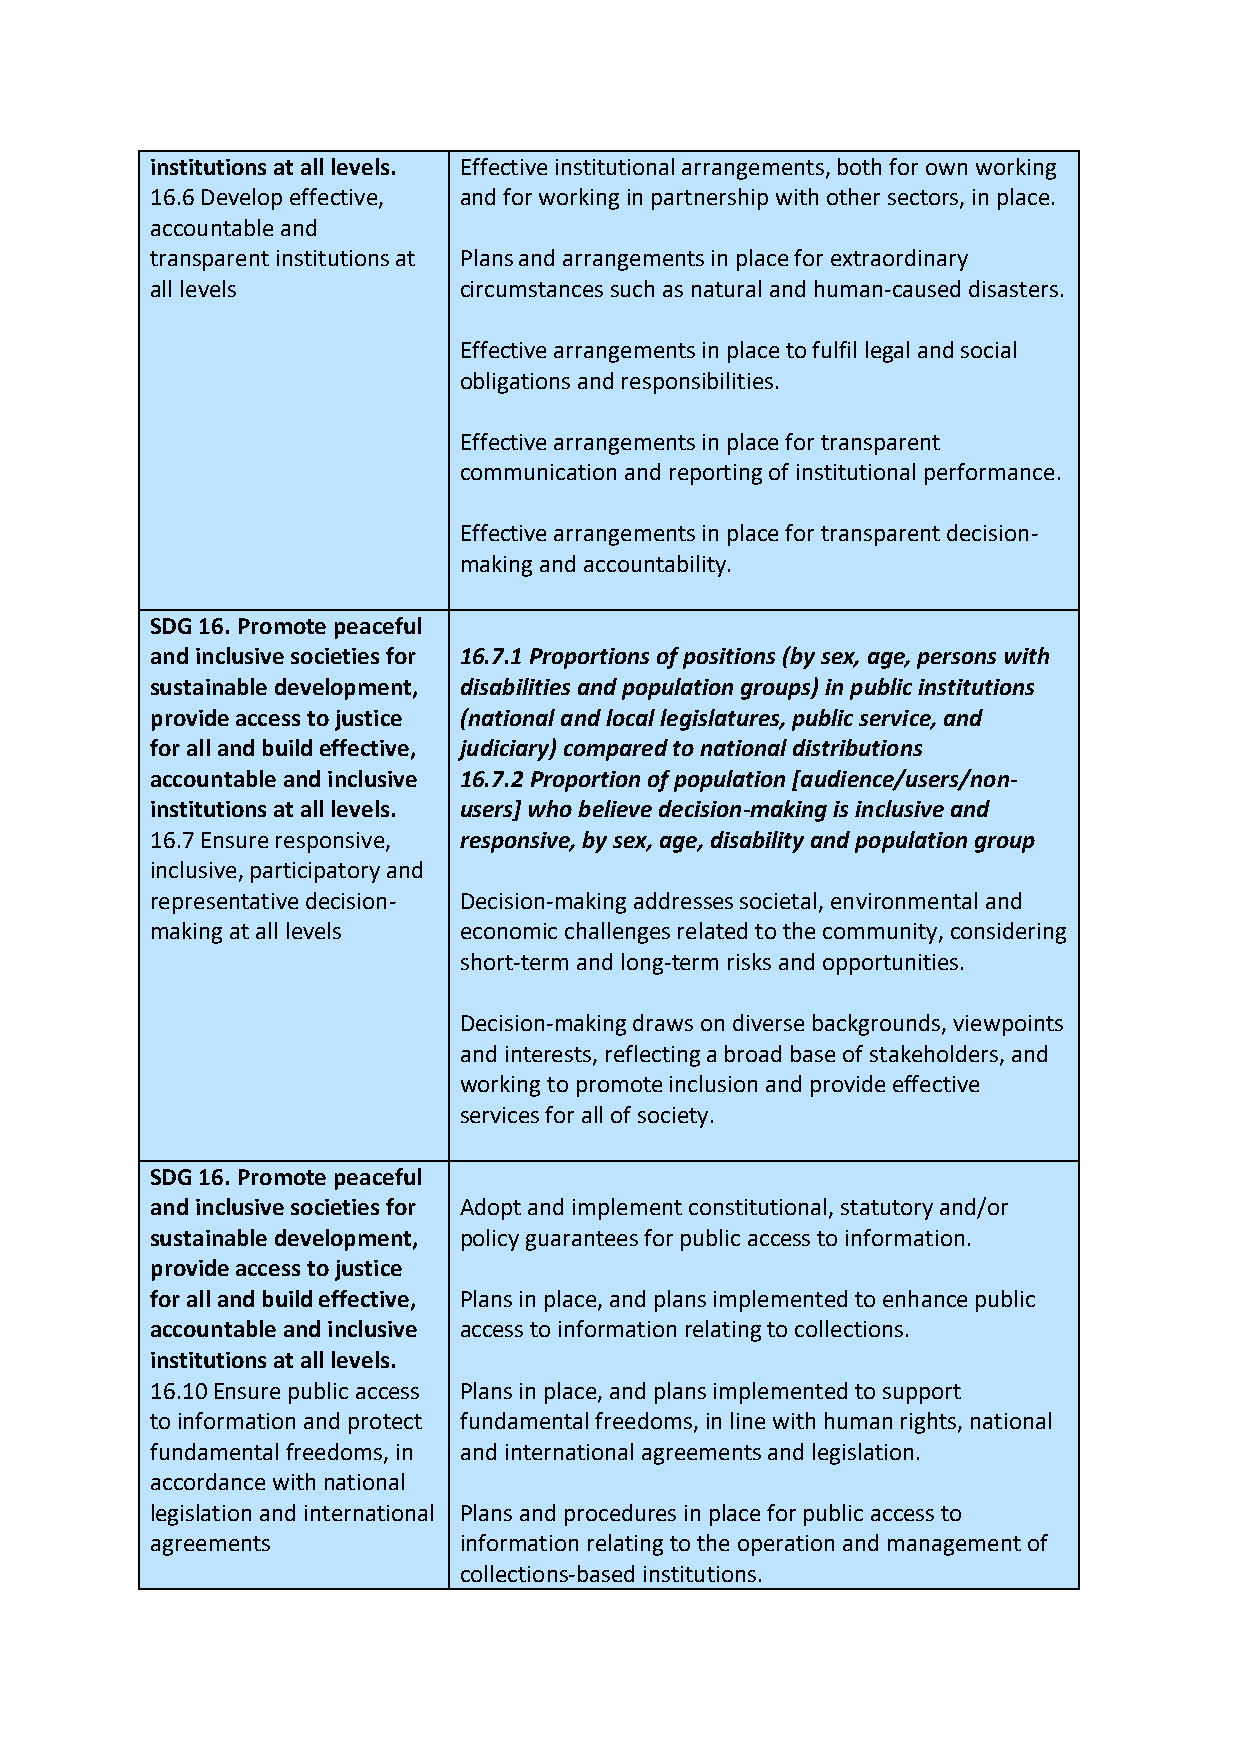
institutions at all levels. Effective institutional arrangements, both for own working
 16.6 Develop effective, and for working in partnership with other sectors, in place.
 accountable and
 transparent institutions at Plans and arrangements in place for extraordinary
 all levels          circumstances such as natural and human-caused disasters.
 Effective arrangements in place to fulfil legal and social
 obligations and responsibilities.
 Effective arrangements in place for transparent
 communication and reporting of institutional performance.
 Effective arrangements in place for transparent decision-
 making and accountability.
 SDG 16. Promote peaceful
 and inclusive societies for 16.7.1 Proportions of positions (by sex, age, persons with
 sustainable development, disabilities and population groups) in public institutions
 provide access to justice (national and local legislatures, public service, and
 for all and build effective, judiciary) compared to national distributions
 accountable and inclusive 16.7.2 Proportion of population [audience/users/non-
 institutions at all levels. users] who believe decision-making is inclusive and
 16.7 Ensure responsive, responsive, by sex, age, disability and population group
 inclusive, participatory and
 representative decision- Decision-making addresses societal, environmental and
 making at all levels economic challenges related to the community, considering
 short-term and long-term risks and opportunities.
 Decision-making draws on diverse backgrounds, viewpoints
 and interests, reflecting a broad base of stakeholders, and
 working to promote inclusion and provide effective
 services for all of society.
 SDG 16. Promote peaceful
 and inclusive societies for Adopt and implement constitutional, statutory and/or
 sustainable development, policy guarantees for public access to information.
 provide access to justice
 for all and build effective, Plans in place, and plans implemented to enhance public
 accountable and inclusive access to information relating to collections.
 institutions at all levels.
 16.10 Ensure public access Plans in place, and plans implemented to support
 to information and protect fundamental freedoms, in line with human rights, national
 fundamental freedoms, in and international agreements and legislation.
 accordance with national
 legislation and international Plans and procedures in place for public access to
 agreements          information relating to the operation and management of
 collections-based institutions.